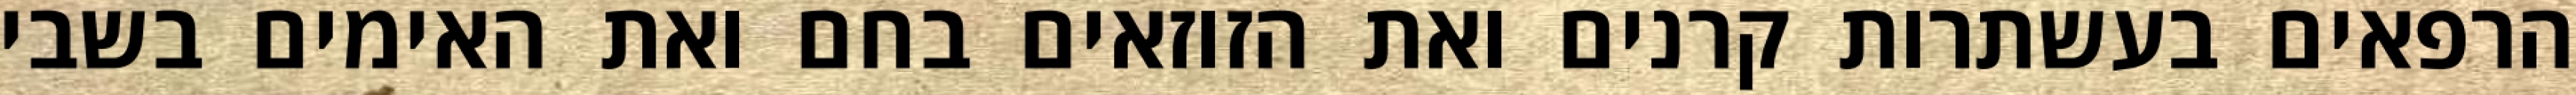
הרפאים בעשתרות קרנים ואת הזוזאים בחם ואת האימים בשבי